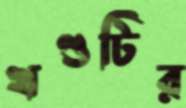
খণ্ডটির